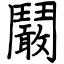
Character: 鬫